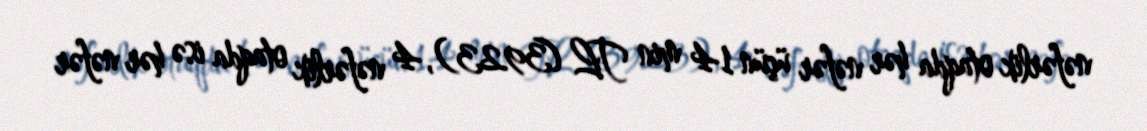
nəfərlik otaqda hər nəfər üçün 14 min TL (3923), 4 nəfərlik otaqda isə hər nəfər